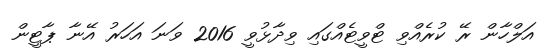
އަލްހާން ރޭ ކުރެއްވި ޓްވީޓެއްގައި ވިދާޅުވީ 2016 ވަނަ އަހަރު އޭނާ ޕާޓީން